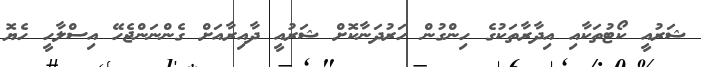
ޝަރުއީ ކޯޓުތަކާއި އިދާރާތަކުގެ ހިންގުން ހަރުދަނާކޮށް ޝަރުއީ ދާއިރާއަށް ގެންނަންޖެހޭ އިސްލާހީ ހެޔޮ